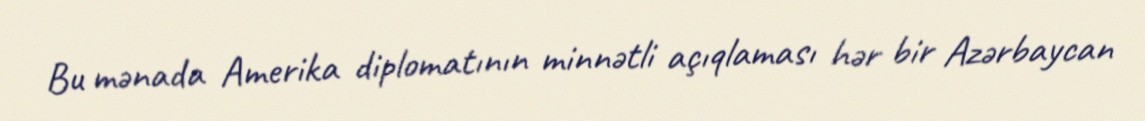
Bu mənada Amerika diplomatının minnətli açıqlaması hər bir Azərbaycan